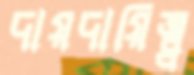
দায়দায়িত্ব্ব